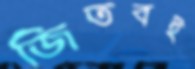
জিতবই